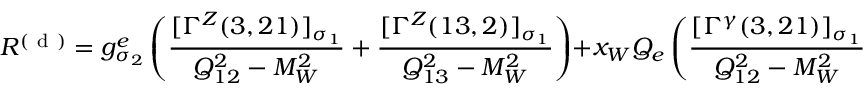
{ \cal R } ^ { ( \mathrm { ~ d ~ } ) } = g _ { \sigma _ { 2 } } ^ { e } \left( \frac { [ \Gamma ^ { Z } ( 3 , 2 1 ) ] _ { \sigma _ { 1 } } } { Q _ { 1 2 } ^ { 2 } - M _ { W } ^ { 2 } } + \frac { [ \Gamma ^ { Z } ( 1 3 , 2 ) ] _ { \sigma _ { 1 } } } { Q _ { 1 3 } ^ { 2 } - M _ { W } ^ { 2 } } \right) + x _ { W } Q _ { e } \left( \frac { [ \Gamma ^ { \gamma } ( 3 , 2 1 ) ] _ { \sigma _ { 1 } } } { Q _ { 1 2 } ^ { 2 } - M _ { W } ^ { 2 } } + \frac { [ \Gamma ^ { \gamma } ( 1 3 , 2 ) ] _ { \sigma _ { 1 } } } { Q _ { 1 3 } ^ { 2 } - M _ { W } ^ { 2 } } \right) \; .